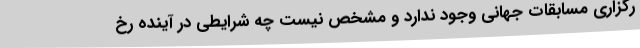
رگزاری مسابقات جهانی وجود ندارد و مشخص نیست چه شرایطی در آینده رخ